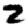
Digit: 2